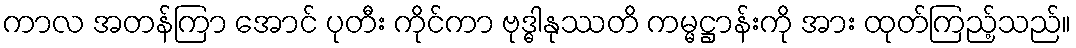
ကာလ အတန်ကြာ အောင် ပုတီး ကိုင်ကာ ဗုဒ္ဓါနုဿတိ ကမ္မဋ္ဌာန်းကို အား ထုတ်ကြည့်သည်။